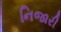
નિજારી